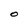
Character: O